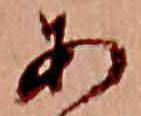
あ